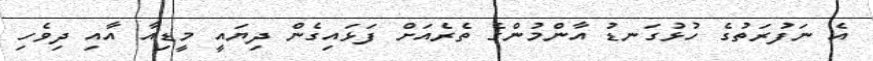
އެ ނަފުރަތުގެ ހުޅުގަނޑު އާންމުންގެ ތެރެއަށް ފަޅައިގެން ދިޔައީ މީޑިއާ އާއި ދިވެހި